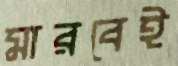
মারবেই